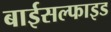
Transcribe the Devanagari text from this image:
बाईसल्फाइड